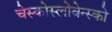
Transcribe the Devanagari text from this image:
चेस्कोस्लोवेन्स्को